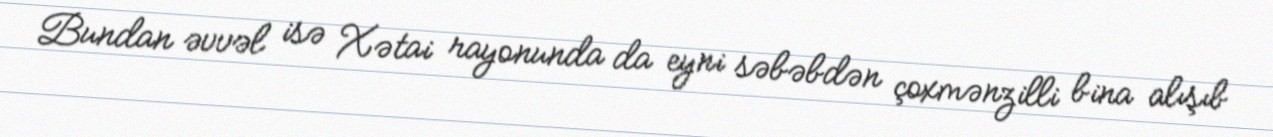
Bundan əvvəl isə Xətai rayonunda da eyni səbəbdən çoxmənzilli bina alışıb